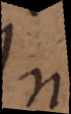
In